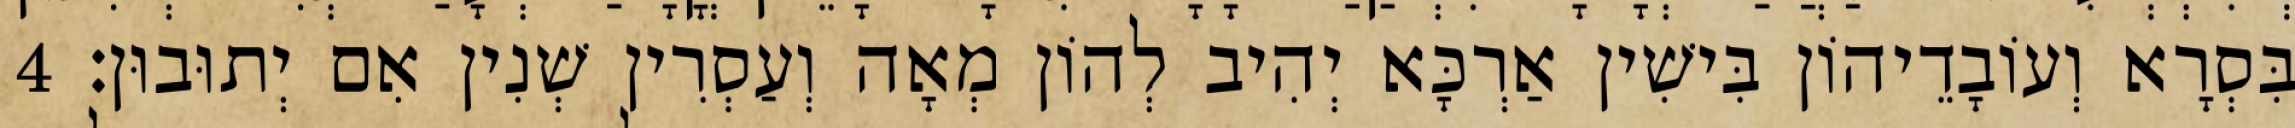
בִּסְרָא וְעוֹבָדֵיהוֹן בִּישִׁין אַרְכָּא יְהִיב לְהוֹן מְאָה וְעַסְרִין שְׁנִין אִם יְתוּבוּן׃ 4